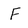
Character: F